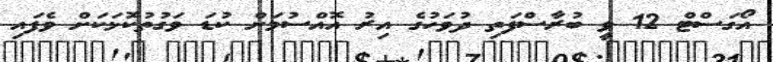
އޯގަސްޓް 12 ވީ ބުރާސްފަތި ދުވަހުގެ އިރު އޮއްސުމަށް ކުޑަ ވަގުތުކޮޅަކަށް ވެފައި